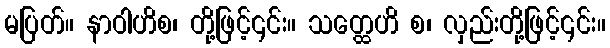
မပြတ်။ နာဝါဟိစ၊ တို့ဖြင့်၎င်း။ သတ္ထေဟိ စ၊ လှည်းတို့ဖြင့်၎င်း။